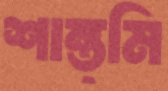
শান্ত্মি